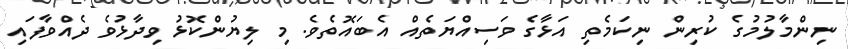
ނިންމާލުމުގެ ކުރިން ނިކަމެތި އަޅާގެ ވަސިއްޔަތެއް އެބައޮތެވެ. މި ލިޔުންކޮޅު ވިދާޅުވެ ދެއްވާފައި